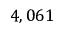
4 , 0 6 1